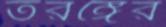
তরঙ্গের